Civil Veterinary Dept. North-West Frontier Province 1901-22 - 1901-1922
Year: 1901
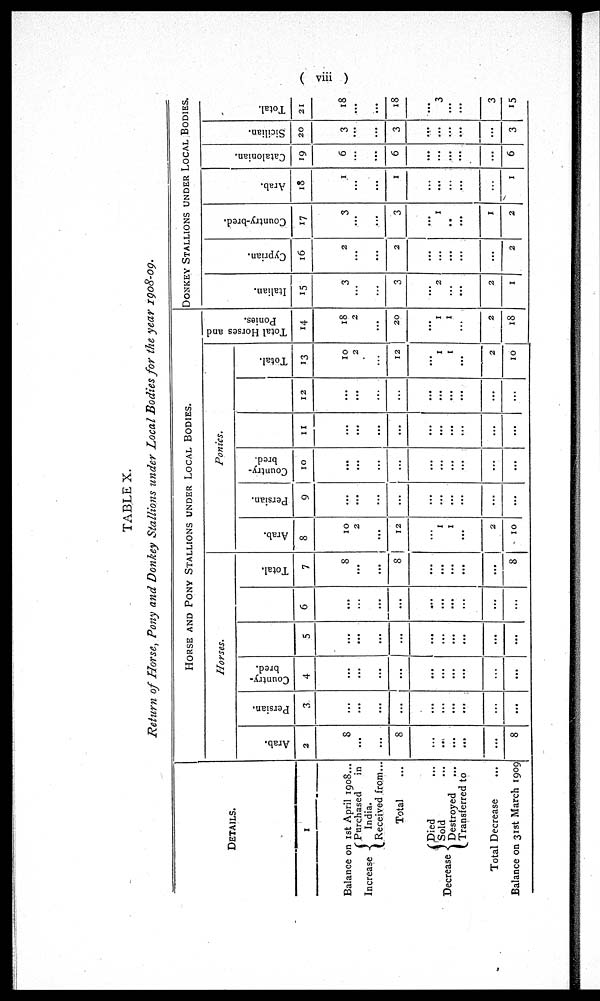
( viii )
TABLE X.
Return of Horse, Pony and Donkey Stallions under Local Bodies for the year 1908-09.
DETAILS.
1
Balance on 1st April 1908...
Increase
Purchased
in
India.
Received from...
Total ...
Decrease
Died ...
Sold ...
Destroyed ...
Transferred to
Total Decrease
Balance on 31st March 1909
HORSE AND PONY STALLIONS UNDER LOCAL BODIES.
Horses.
Arab.
2
8
...
...
8
...
...
...
8
Persian.
3
...
...
...
...
...
...
...
...
...
Country¬
bred.
4
...
...
...
...
...
...
...
...
...
5
...
...
...
...
...
...
...
...
...
6
...
...
...
...
...
...
...
...
...
Total.
7
8
...
...
8
...
...
...
...
8
Ponies.
Arab.
8
10
2
...
12
...
1
1
...
2
10
Persian.
9
...
...
...
...
...
...
...
...
...
Country¬
bred.
10
...
...
...
...
...
...
...
...
...
11
...
...
...
...
...
...
...
...
...
12
...
...
...
...
...
...
...
...
...
Total.
13
10
2
...
12
...
1
1
...
2
10
Total Horses and
Ponies.
14
18
2
...
20
...
1
1
...
2
18
DONKEY STALLIONS UNDER LOCAL BODIES.
Italian.
15
3
...
...
3
...
2
...
2
1
Cyprian.
16
2
...
...
2
...
...
...
...
2
Country-bred.
17
3
...
...
3
...
1
...
...
1
2
Arab.
18
1
...
...
1
...
...
...
...
1
Cat al oni an.
19
6
...
...
6
...
...
...
...
6
Sicilian.
20
3
...
...
3
...
...
...
...
3
Tot al .
21
18
...
...
18
...
3
...
3
15